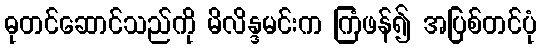
ဓုတင်ဆောင်သည်ကို မိလိန္ဒမင်းက ကြံဖန်၍ အပြစ်တင်ပုံ